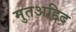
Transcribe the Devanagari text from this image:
मुतअद्दिद